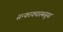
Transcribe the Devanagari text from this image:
सन्काक्यास्थसुया